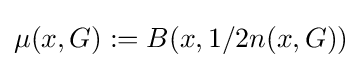
\mu (x,G):=B(x,1/2n(x,G))